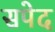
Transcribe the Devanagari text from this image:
सपेद